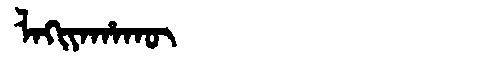
Manchu: ᠯᠠᡴᡳᠶᠠᡥᠠᡴᡡ
Romanization: LAKIYAHAKŪ